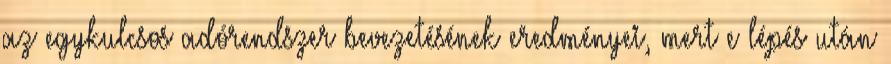
az egykulcsos adórendszer bevezetésének eredményei, mert e lépés után